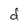
Character: d